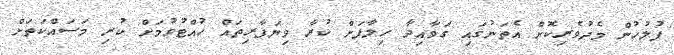
ފުލުހުން މެދުވެރިކޮށް އެތަނުގަައި ގަވާއިދާ ހިލާފަށް ކުރާ ވިޔަފާރިތައް ހުއްޓުވުމަށް ކުރި މަސައްކަތަށް